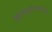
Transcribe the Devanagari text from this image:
मुल्यऱ्हासाबद्दल